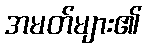
အမတ်များ၏